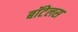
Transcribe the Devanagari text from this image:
बॉटेलस